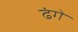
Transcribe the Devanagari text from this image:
ढंगे